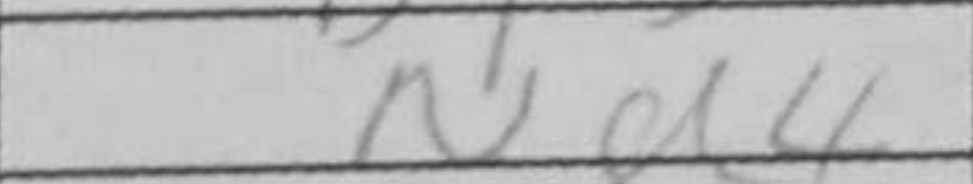
Transcription: Nd4